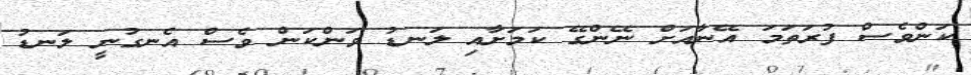
ކަންވެސް ފުރަތަމަ އޭނާއަށް ނޭންގޭ ކަމަށާއި ލަނޑު ވަންކަން ވެސް އެނގުނީ ލަނޑު